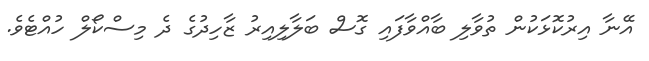
އޭނާ އިރުކޮޅަކުން ތުވާލި ބާއްވާފައި ގޮސް ބަލާލިއިރު ޒާހިދުގެ ދެ މިސްކޯލް ހުއްޓެވެ.